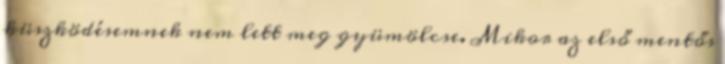
küszködésemnek nem lett meg gyümölcse. Mikor az első mentős